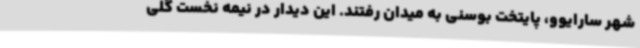
شهر سارایوو، پایتخت بوسنی به میدان رفتند. این دیدار در نیمه نخست گلی